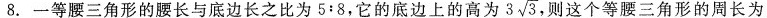
8.一等腰三角形的腰长与底边长之比为5：8，它的地边上的高为3\sqrt{3} ，则这个等腰三角形的周长为